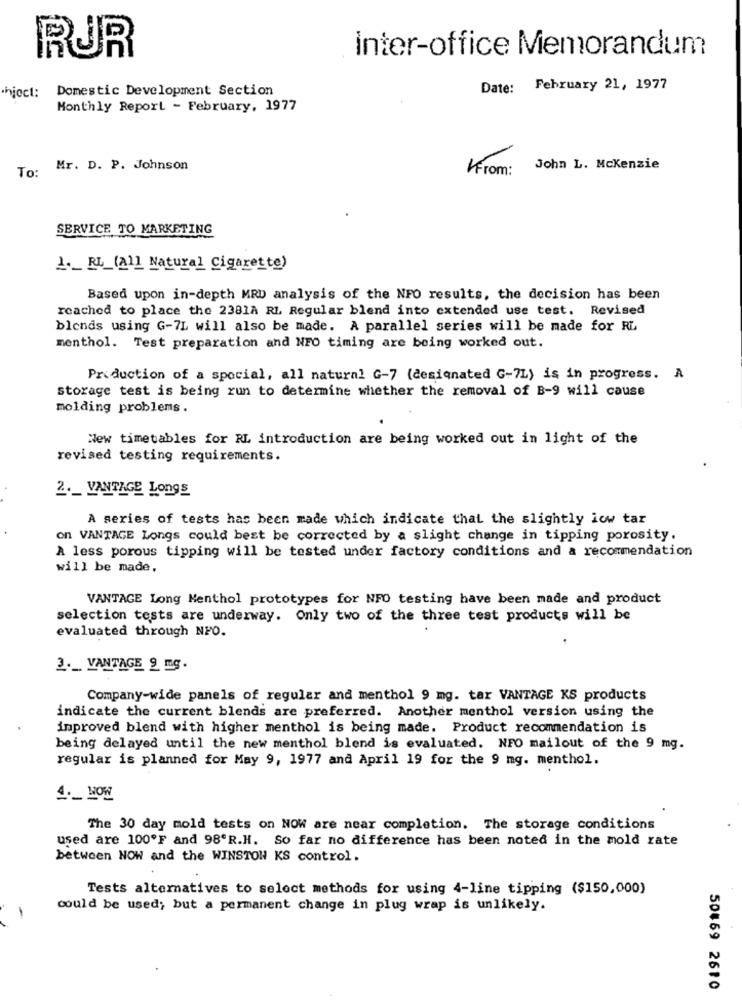
inter-office Memorandum
RUR
hjoct:
Domestic Development Section
Date: February 21, 1977
Monthly Report - February, 1977
To:
Mr. D. P. Johnson
From:
John L. Mckenzie
SERVICE TO MARKETING
1. RL_(All Natural Cigarette)
Based upon in-depth MRD analysis of the NFO results, the decision has been
reached to place the 2381A RL Regular blend into extended use test. Revised
blends using G-7L will also be made. A parallel series will be made for RL
menthol. Test preparation and NFO timing are being worked out.
Production of a special, all natural G-7 (designated G-7L) is in progress. A
storage test is being run to determine whether the removal of B-9 will cause
molding problems.
New timetables for RL introduction are being worked out in light of the
revised testing requirements.
2 ._ VANTAGE Longs
A series of tests has been made which indicate that the slightly low tar
on VANTAGE Longs could best be corrected by a slight change in tipping porosity.
A less porous tipping will be tested under factory conditions and a recommendation
will be made,
VANTAGE Long Menthol prototypes for NFO testing have been made and product
selection tests are underway. Only two of the three test products will be
evaluated through NPO.
3 ._ VANTAGE 9 mg.
Company-wide panels of regular and menthol 9 mg. tar VANTAGE KS products
indicate the current blends are preferred. Another menthol version using the
improved blend with higher menthol is being made. Product recommendation is
being delayed until the new menthol blend is evaluated. NFO mailout of the 9 mg.
regular is planned for May 9, 1977 and April 19 for the 9 mg. menthol.
4. NOW
The 30 day mold tests on NOW are near completion. The storage conditions
used are 100ºF and 98'R.H. So far no difference has been noted in the mold rate
between NOW and the WINSTON KS control.
Tests alternatives to select methods for using 4-line tipping ($150,000)
could be used; but a permanent change in plug wrap is unlikely.
50469 2610